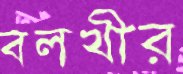
বলখীর